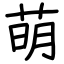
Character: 萌